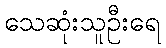
သေဆုံးသူဦးရေ